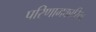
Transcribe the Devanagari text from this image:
परिणामकारिता